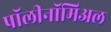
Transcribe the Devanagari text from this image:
पॉलीनॉमिअल